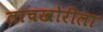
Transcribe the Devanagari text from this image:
लाचखोरीला